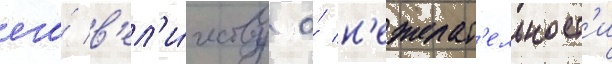
его́ в'ел'и́честву о́ н'ежелат'ельност'и